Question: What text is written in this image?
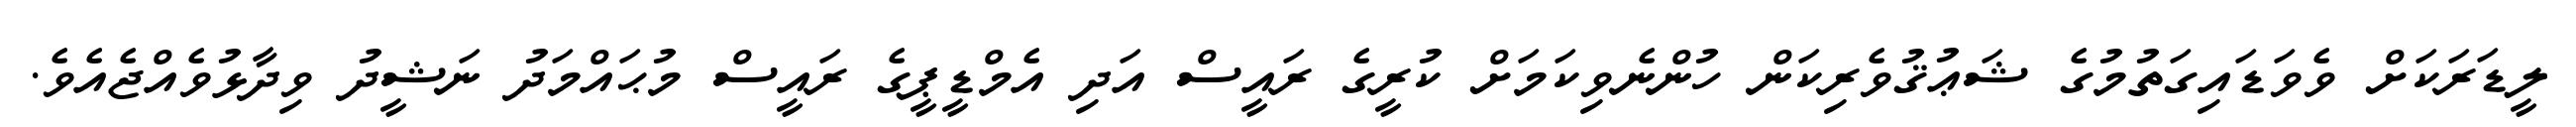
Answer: ލީޑަރަކަށް ވެވަޑައިގަތުމުގެ ޝަޢުޤުވެރިކަން ހުންނެވިކަމަށް ކުރީގެ ރައީސް އަދި އެމްޑީޕީގެ ރައީސް މުޙައްމަދު ނަޝީދު ވިދާޅުވެއްޖެއެވެ.